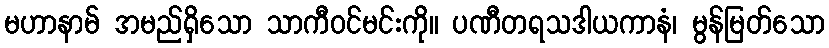
မဟာနာမ် အမည်ရှိသော သာကီဝင်မင်းကို။ ပဏီတရသဒါယကာနံ၊ မွန်မြတ်သော